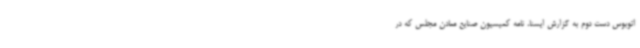
اتوبوس دست دوم به گزارش ایسنا، نامه کمیسیون صنایع معادن مجلس که در